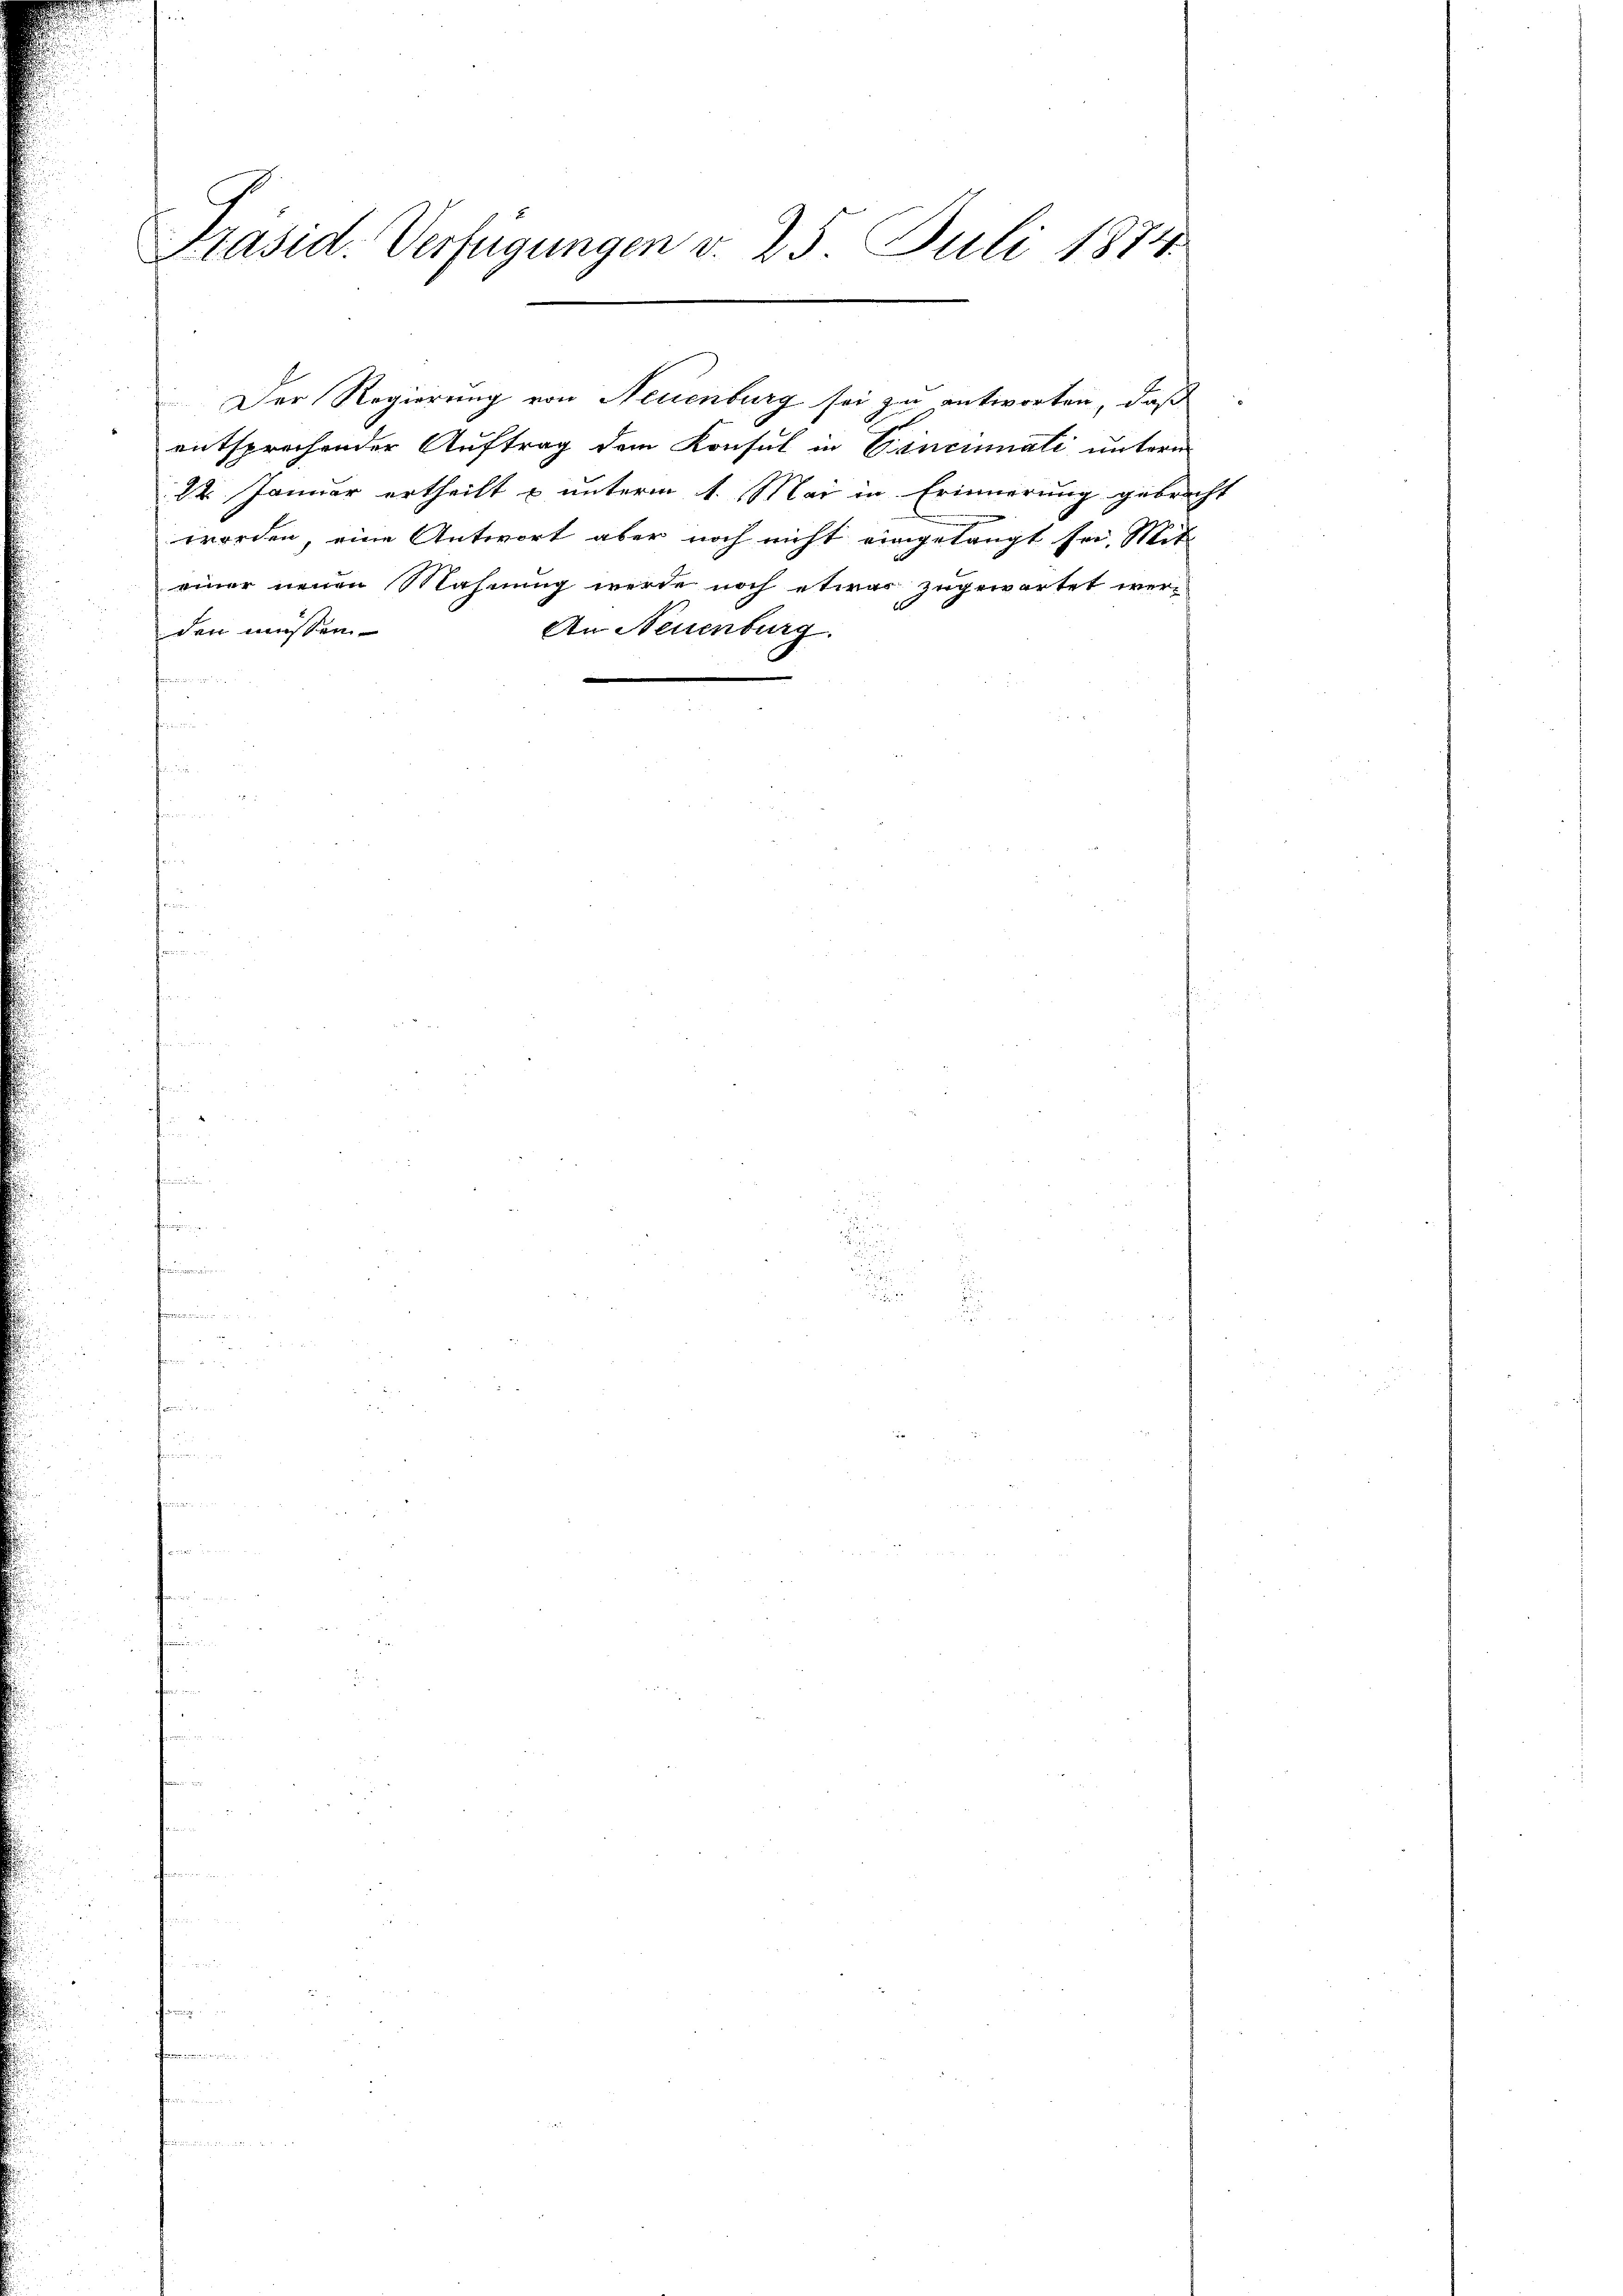
entsprechender Auftrag dem Konsul in Cincinati untern
22. Januar ertheilt u unterm 1. Mai in Erinnerung gebracht
worden, eine Antwort aber noch nicht eingelangt sei, Mit
einer neuen Mahnung werde noch etwas zugewartet wer-
den müssen.
An Neuenburg.
dammann und ein

Präsid. Verfügungen d. 25. Juli 1874

Der Regierung von Neuenburg sei zu antworten, daß